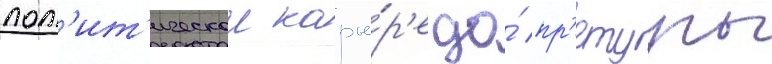
пол'ит'ическои карье́р'е до́ пр'етуры